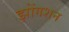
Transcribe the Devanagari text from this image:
झोंगशन